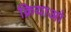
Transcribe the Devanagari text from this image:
क्रियाआं